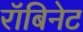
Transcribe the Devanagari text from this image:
रॉबिनेट